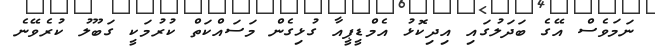
ނަމަވެސް އޭގެ ބަދަލުގައި އިދިކޮޅު އެމްޑީޕީއާ ގުޅިގެން މަސައްކަތް ކުރުމަކީ ގަބޫލު ކުރެވޭނެ